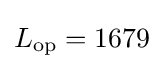
L_{\text{op}}=1679